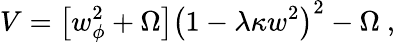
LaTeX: V=\left[w_{\phi}^{2}+\Omega\right]\left(1-\lambda\kappa w^{2}\right)^{2}-\Omega~,